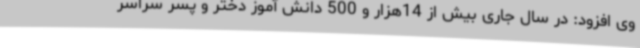
وی افزود: در سال جاری بیش از 14هزار و 500 دانش آموز دختر و پسر سراسر